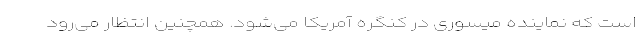
است که نماینده میسوری در کنگره آمریکا می‌شود. همچنین انتظار می‌رود